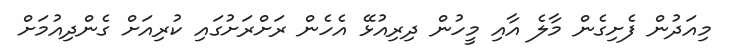
މިއަދުން ފެށިގެން މާލެ އާއި މީހުން ދިރިއުޅޭ އެހެން ރަށްރަށުގައި ކުރިއަށް ގެންދިއުމަށް